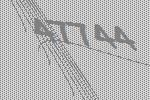
47744